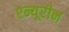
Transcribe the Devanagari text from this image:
एन्यूरीन